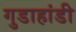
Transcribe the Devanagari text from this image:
गुडाहांडी